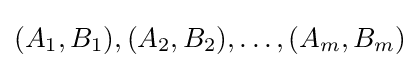
(A_{1},B_{1}),(A_{2},B_{2}),\ldots ,(A_{m},B_{m})